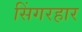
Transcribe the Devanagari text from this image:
सिंगरहार